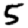
Digit: 5